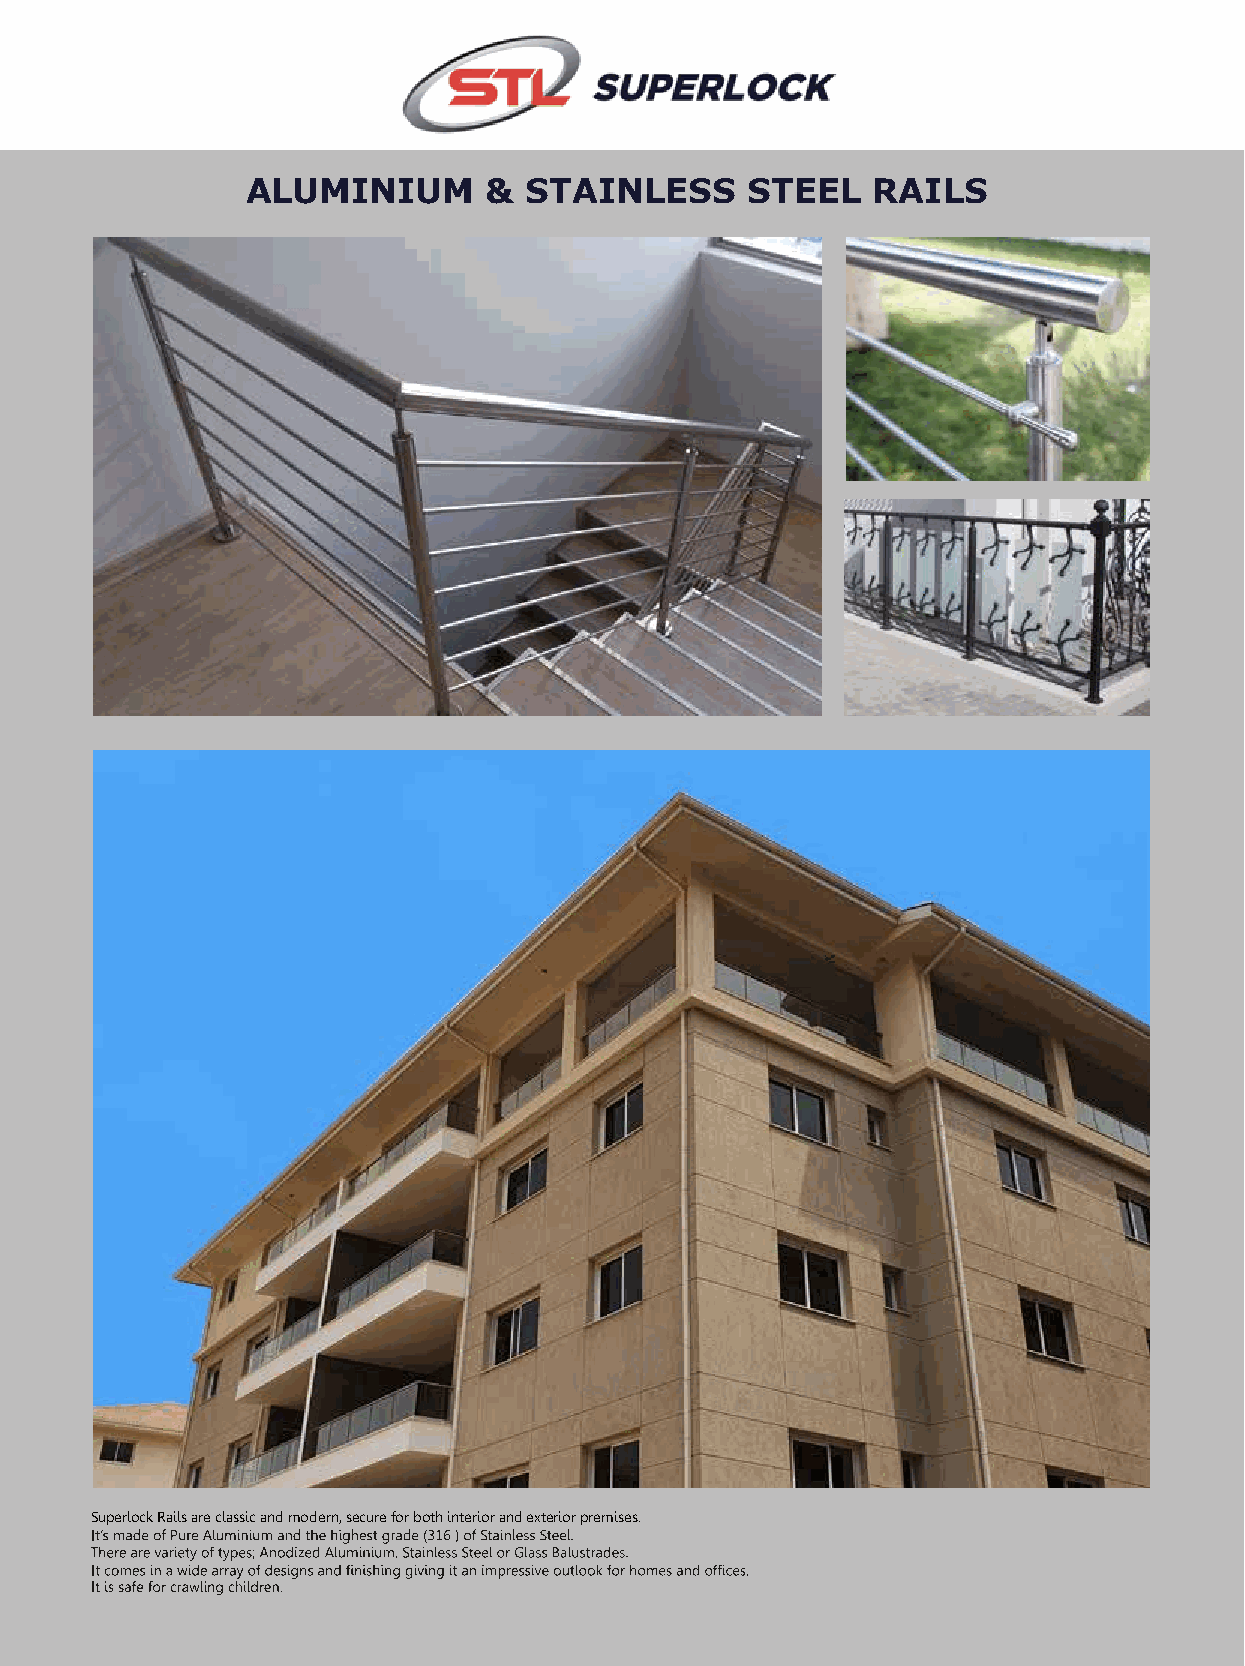
ALUMINIUM       &  STAINLESS      STEEL   RAILS
 Superlock Rails are classic and modern, secure for both interior and exterior premises.